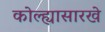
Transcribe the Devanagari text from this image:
कोल्ह्यासारखे